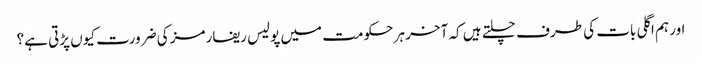
اور ہم اگلی بات کی طرف چلتے ہیں کہ آخر ہر حکومت میں پولیس ریفارمز کی ضرورت کیوں پڑتی ہے؟